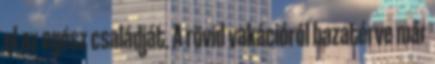
el az egész családját. A rövid vakációról hazatérve már